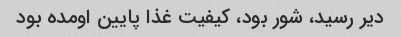
دیر رسید، شور بود، کیفیت غذا پایین اومده بود